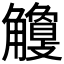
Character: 𧥎